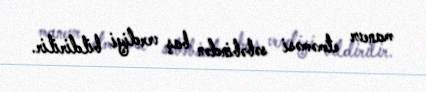
manevr etməməsi səbəbindən baş verdiyi bildirilir.